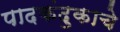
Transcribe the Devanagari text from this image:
पादकंदुकाचे